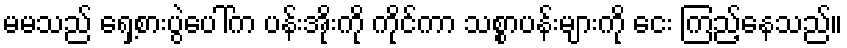
မမသည် ရှေ့စားပွဲပေါ်က ပန်းအိုးကို ကိုင်ကာ သစ္စာပန်းများကို ငေး ကြည့်နေသည်။